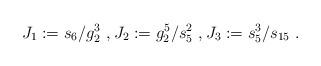
LaTeX: \begin{align*} J_1 := s_6/g_{2}^3 \ , J_2 := g_{2}^5/s_{5}^2 \ , J_3 := s_{5}^3/s_{15} \ .\end{align*}